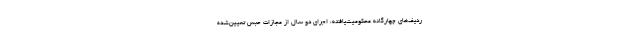
ردیف‌های چهارگانه محکومیت‌یافته، اجرای دو سال از مجازات حبس تعیین‌شده